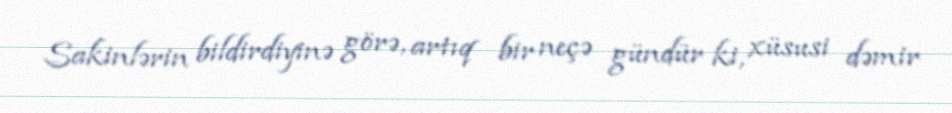
Sakinlərin bildirdiyinə görə, artıq bir neçə gündür ki, xüsusi dəmir